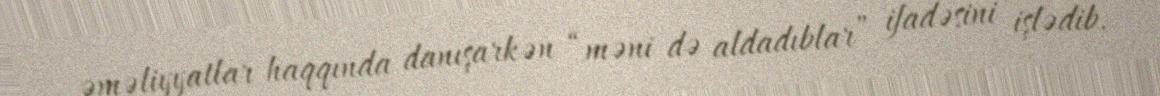
əməliyyatlar haqqında danışarkən “məni də aldadıblar” ifadəsini işlədib.